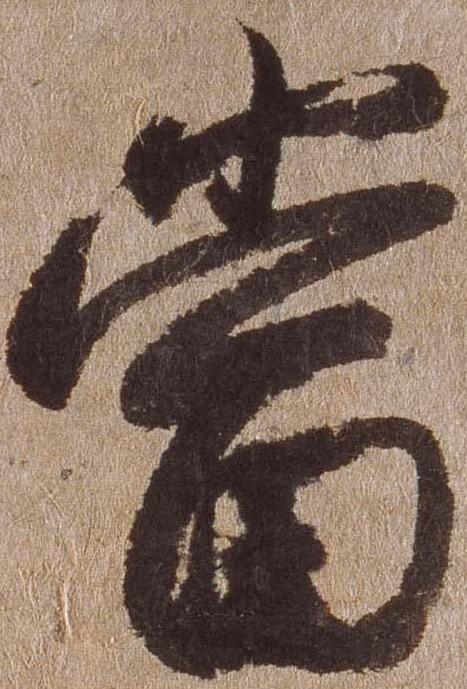
当